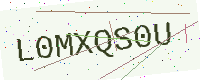
Text: L0MXQS0U